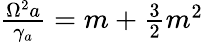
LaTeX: \begin{array}{r}{\frac{\Omega^{2}a}{\gamma_{a}}=m+\frac{3}{2}m^{2}}\end{array}